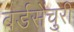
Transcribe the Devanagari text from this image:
बर्डसेंचुरी